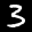
Label: 3